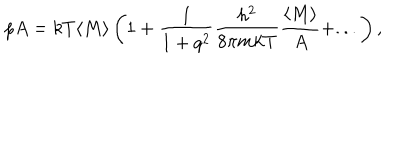
p A = k T \langle M \rangle \left( 1 + \frac { 1 } { 1 + q ^ { 2 } } \frac { h ^ { 2 } } { 8 \pi m k T } \frac { \langle M \rangle } { A } + . . . \right) ,